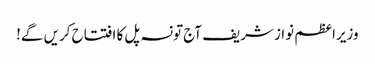
وزیراعظم نواز شریف آج تونسہ پل کا افتتاح کریں گے!